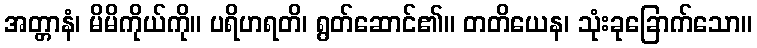
အတ္တာနံ၊ မိမိကိုယ်ကို။ ပရိဟရတိ၊ ရွတ်ဆောင်၏။ တတိယေန၊ သုံးခုခြောက်သော။